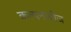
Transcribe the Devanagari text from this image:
कल्पनाबीज